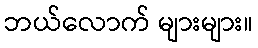
ဘယ်လောက် များများ။